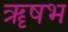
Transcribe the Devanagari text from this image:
ॠषभ